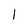
Character: l